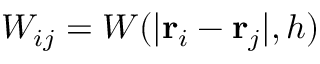
W _ { i j } = W ( | \boldsymbol { \mathbf { r } } _ { i } - \boldsymbol { \mathbf { r } } _ { j } | , h )